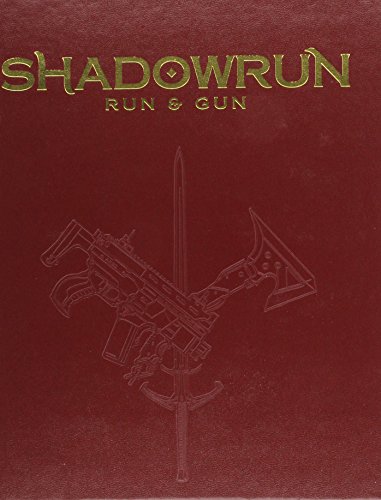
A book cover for Shadowrun Run and Gun Ltd; Catalyst; Science Fiction & Fantasy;